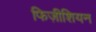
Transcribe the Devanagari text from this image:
फिज़ीशियन